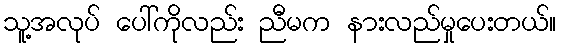
သူ့အလုပ် ပေါ်ကိုလည်း ညီမက နားလည်မှုပေးတယ်။